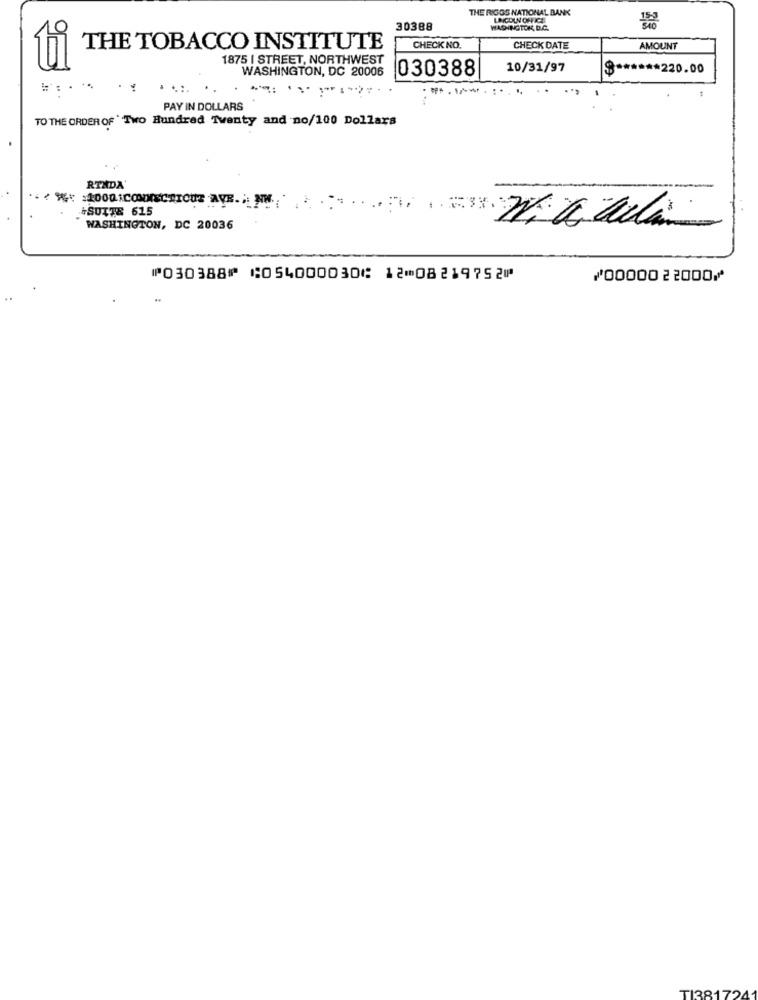
THE RIGGS NATIONAL BANK
LINCOLN OFFICE
30388
WASHINGTON, D.C.
9E
THE TOBACCO INSTITUTE
CHECK NO.
CHECK DATE
AMOUNT
1875 I STREET, NORTHWEST
WASHINGTON, DC 20006
030388
10/31/97
$ ****** 220.00
....
PAY IN DOLLARS
TO THE ORDER OF ' Two Hundred Twenty and no/100 Dollars
RINDA'
**
+SUITE 615
#1000 1CONNECTICUT AVE. NO.
WASHINGTON, DC 20036
⑈030388⑈ ⑆054000030⑆ 12⑉08219752⑈
⑇0000022000⑇
TI3817241